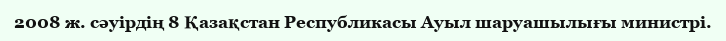
2008 ж. сәуірдің 8 Қазақстан Республикасы Ауыл шаруашылығы министрі.